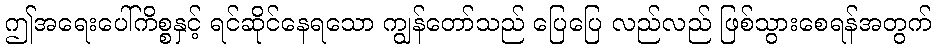
ဤအရေးပေါ်ကိစ္စနှင့် ရင်ဆိုင်နေရသော ကျွန်တော်သည် ပြေပြေ လည်လည် ဖြစ်သွားစေရန်အတွက်